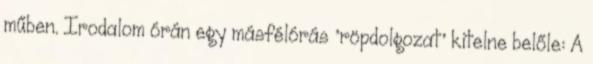
műben. Irodalom órán egy másfélórás ’röpdolgozat’ kitelne belőle: A